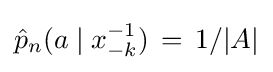
{\hat {p}}_{n}(a\mid x_{-k}^{-1})\,=\,1/|A|